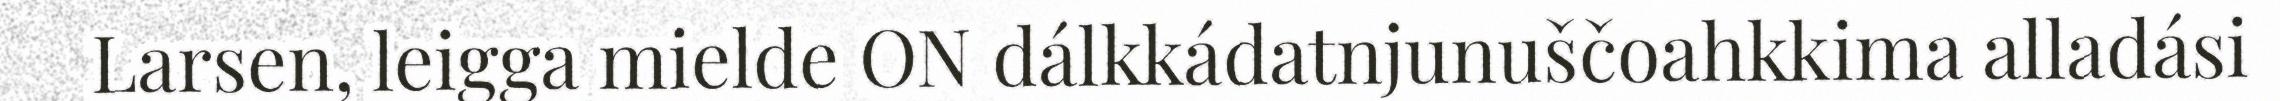
Larsen, leigga mielde ON dálkkádatnjunuščoahkkima alladási